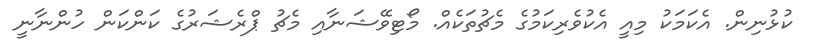
ކުޅުނިން. އެކަމަކު މިއީ އެކުވެރިކަމުގެ މެޗުތަކެއް. މޯޓިވޭޝަނާއި މެޗު ޕްރެޝަރުގެ ކަންކަން ހުންނާނީ